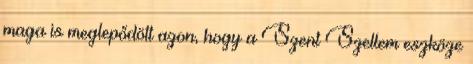
maga is meglepődött azon, hogy a Szent Szellem eszköze